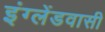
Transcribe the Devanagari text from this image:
इंग्लेंडवासी